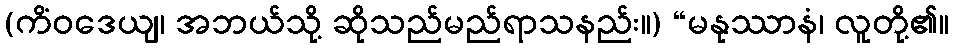
(ကိံဝဒေယျ၊ အဘယ်သို့ ဆိုသည်မည်ရာသနည်း။) “မနုဿာနံ၊ လူတို့၏။